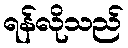
ရန်လိုသည်